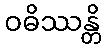
ဝဓိဿန္တိ